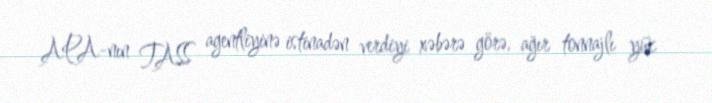
APA-nın TASS agentliyinə istinadən verdiyi xəbərə görə, ağır tonnajlı yük